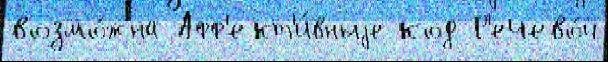
возмо́жна Афф'ект'и́вныjе код Р'ечево́й